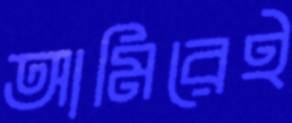
আমিরেই